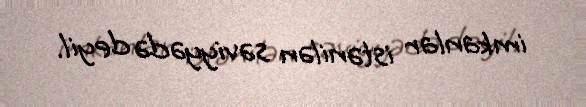
imkanlar istənilən səviyyədə deyil.